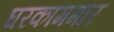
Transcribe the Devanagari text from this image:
घरकामगार